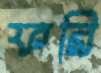
ফরি